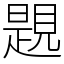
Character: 𧡨